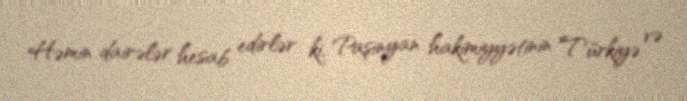
Həmin dairələr hesab edirlər ki, Paşinyan hakimiyyətinin Türkiyə və